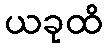
ယခုထိ